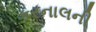
કરનાલની